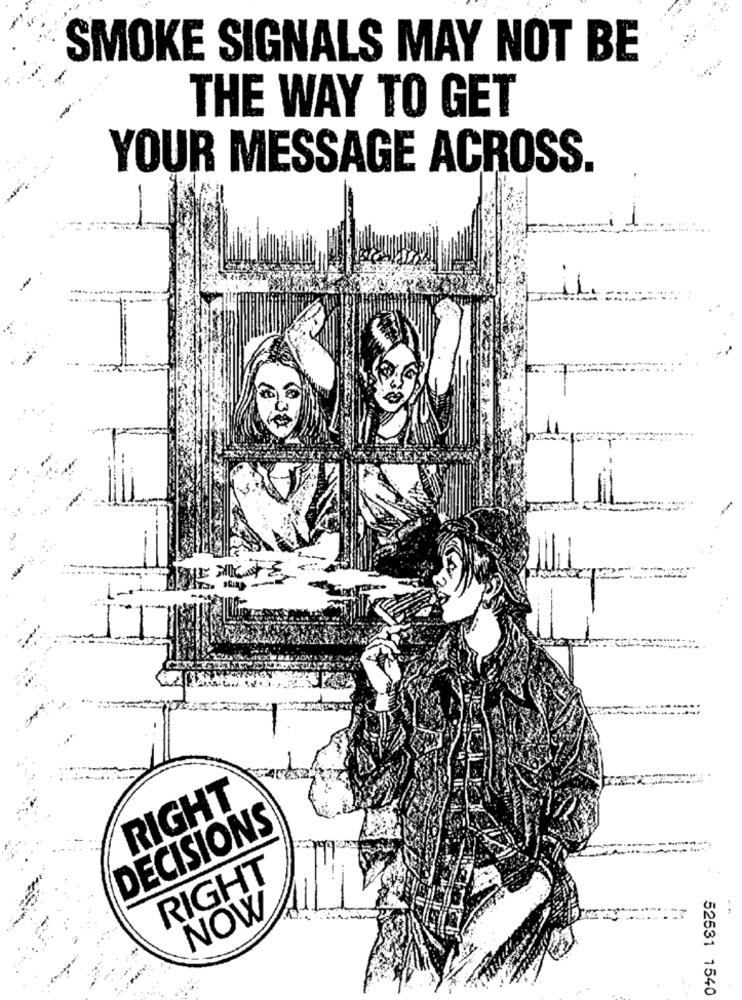
SMOKE SIGNALS MAY NOT BE
THE WAY TO GET
YOUR MESSAGE ACROSS.
RIGHT
DECISIONS
RIGHT
NOW
52531 1540